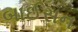
બાઈસન